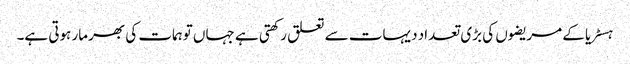
ہسٹریا کے مریضوں کی بڑی تعداد دیہات سے تعلق رکھتی ہے جہاں توہمات کی بھرمار ہوتی ہے۔